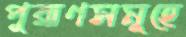
পুরাণসমূহে